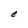
Character: e